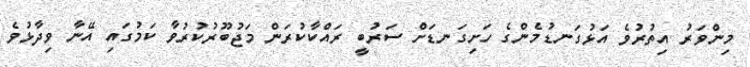
މިންވަރު އިތުރުވެ އަޅުގަނޑުމެންގެ ހަށިގަނޑަށް ސަރުބީ ރައްކާކުރަން މަޖުބޫރުކުރުވާ ކަމުގައި އޭނާ ވިދާޅުވެ